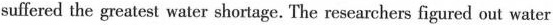
suffered the greatest water shortage. The researchers figured out water